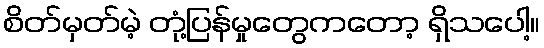
စိတ်မှတ်မဲ့ တုံ့ပြန်မှုတွေကတော့ ရှိသပေါ့။